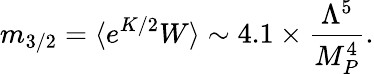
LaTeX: m_{3/2}=\langle e^{K/2}W\rangle\sim 4.1\times\frac{\Lambda^{5}}{M_{P}^{4}}.